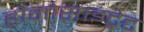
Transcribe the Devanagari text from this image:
होमोसाइट्रेट